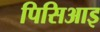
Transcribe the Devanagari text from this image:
पिसिआइ